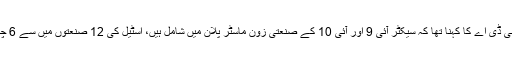
چیئرمین سی ڈی اے کا کہنا تھا کہ سیکٹر آئی 9 اور آئی 10 کے صنعتی زون ماسٹر پلان میں شامل ہیں، اسٹیل کی 12 صنعتوں میں سے 6 چل رہی ہیں۔